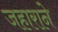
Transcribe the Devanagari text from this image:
जहाराने